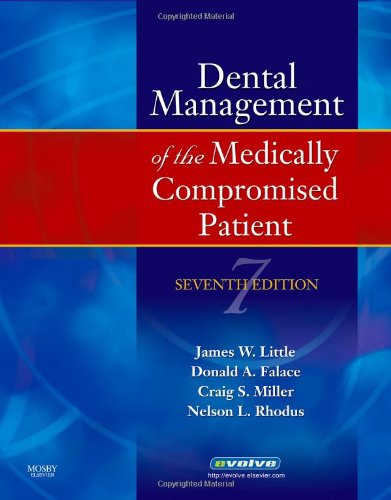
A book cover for Little and Falace's Dental Management of the Medically Compromised Patient, 7e (Little, Dental Management of the Medically Compromised Patient); James W. Little DMD  MS; Medical Books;